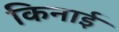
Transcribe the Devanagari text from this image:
किनाई